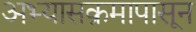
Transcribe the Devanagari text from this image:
अभ्यासक्रमापासून